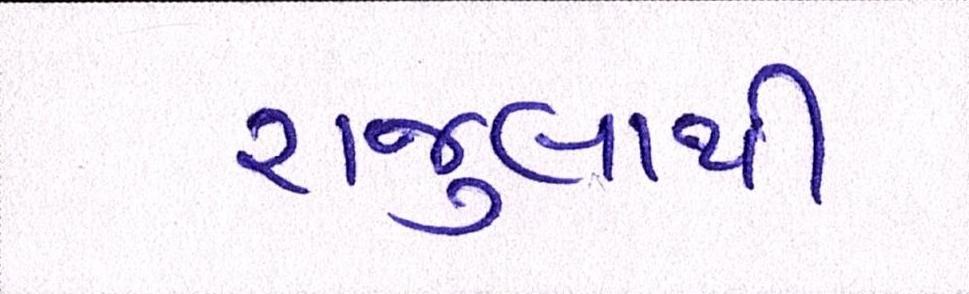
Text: રાજુલાથી